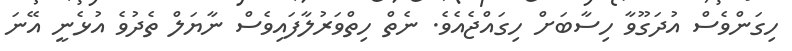
ހިގަންވެސް އުދަގޫވާ ހިސާބަށް ހިގައްޖެއެވެ. ނެތް ހިތްވަރުލާފައިވެސް ނާޔަލް ތެދުވެ އުޅެނީ އޭނަ